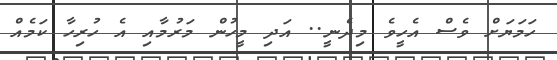
ހަމަޔަށް ވެސް އެހީވެ މިދެނީ.. އަދި މީހުން މަރުމާއި އެ ހުރިހާ ކަމެއް